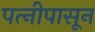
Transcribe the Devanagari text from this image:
पत्‍नीपासून